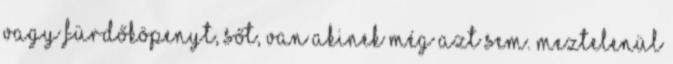
vagy fürdőköpenyt, sőt, van akinek még azt sem. Meztelenül